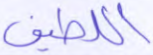
اللطيف